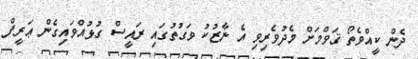
ދެން ކީއްވެތޯ ޤަވްމަށް މެދުވެރިވި އެ ނާޒުކު ވަގުތުގައި ރައީސް ގުޅުއްވައިގެން ޢަރީފް